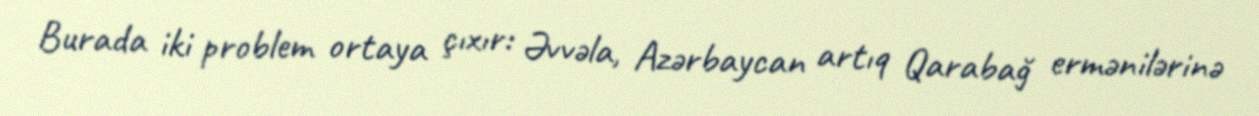
Burada iki problem ortaya çıxır: Əvvəla, Azərbaycan artıq Qarabağ ermənilərinə